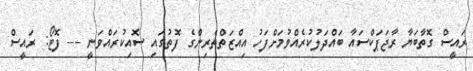
ރައީސް ގޮތާބަޔާ ރާޖަޕަކްސައާ ބައްދަލުކުރެއްވުމަށްފަހު އިއްޒަތްތެރިންގެ ފޮތުގައި ސޮއިކުރައްވަނީ --- ފޮޓޯ: ރައީސް